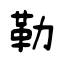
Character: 勒